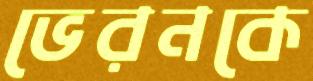
ভেরনকে